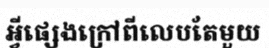
អ្វីផ្សេងក្រៅពីលេបតែមួយ